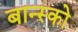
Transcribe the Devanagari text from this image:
बान्स्को